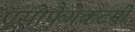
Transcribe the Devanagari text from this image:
एसोफैगेकटमी